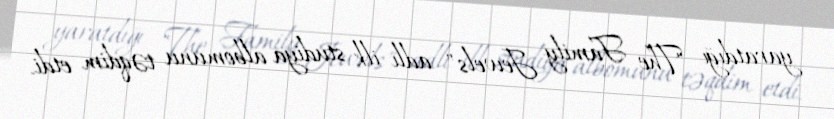
yaratdığı "The Family Jewels" adlı ilk studiya albomunu təqdim etdi.